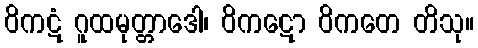
ဝိကဋံ ဂူထမုတ္တာဒေါ၊ ဝိကဋော ဝိကတေ တိသု။